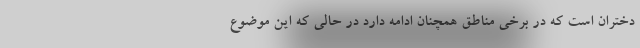
دختران است که در برخی مناطق همچنان ادامه دارد در حالی که این موضوع